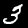
Digit: 3